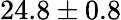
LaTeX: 24.8\pm 0.8